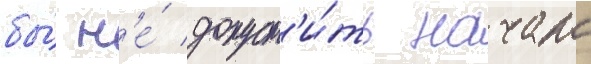
бы́ н'е́ допуст'и́ть начало